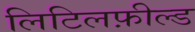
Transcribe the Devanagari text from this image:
लिटिलफ़ील्ड